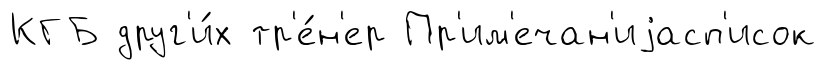
КГБ друг'и́х тр'е́н'ер Пр'им'ечан'иjасп'исок